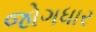
જોગધાર